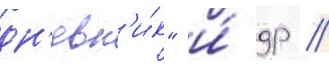
дн'евн'и́к" и́ др //